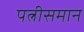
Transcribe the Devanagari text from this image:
पत्नीसमान